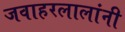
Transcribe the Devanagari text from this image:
जवाहरलालांनी